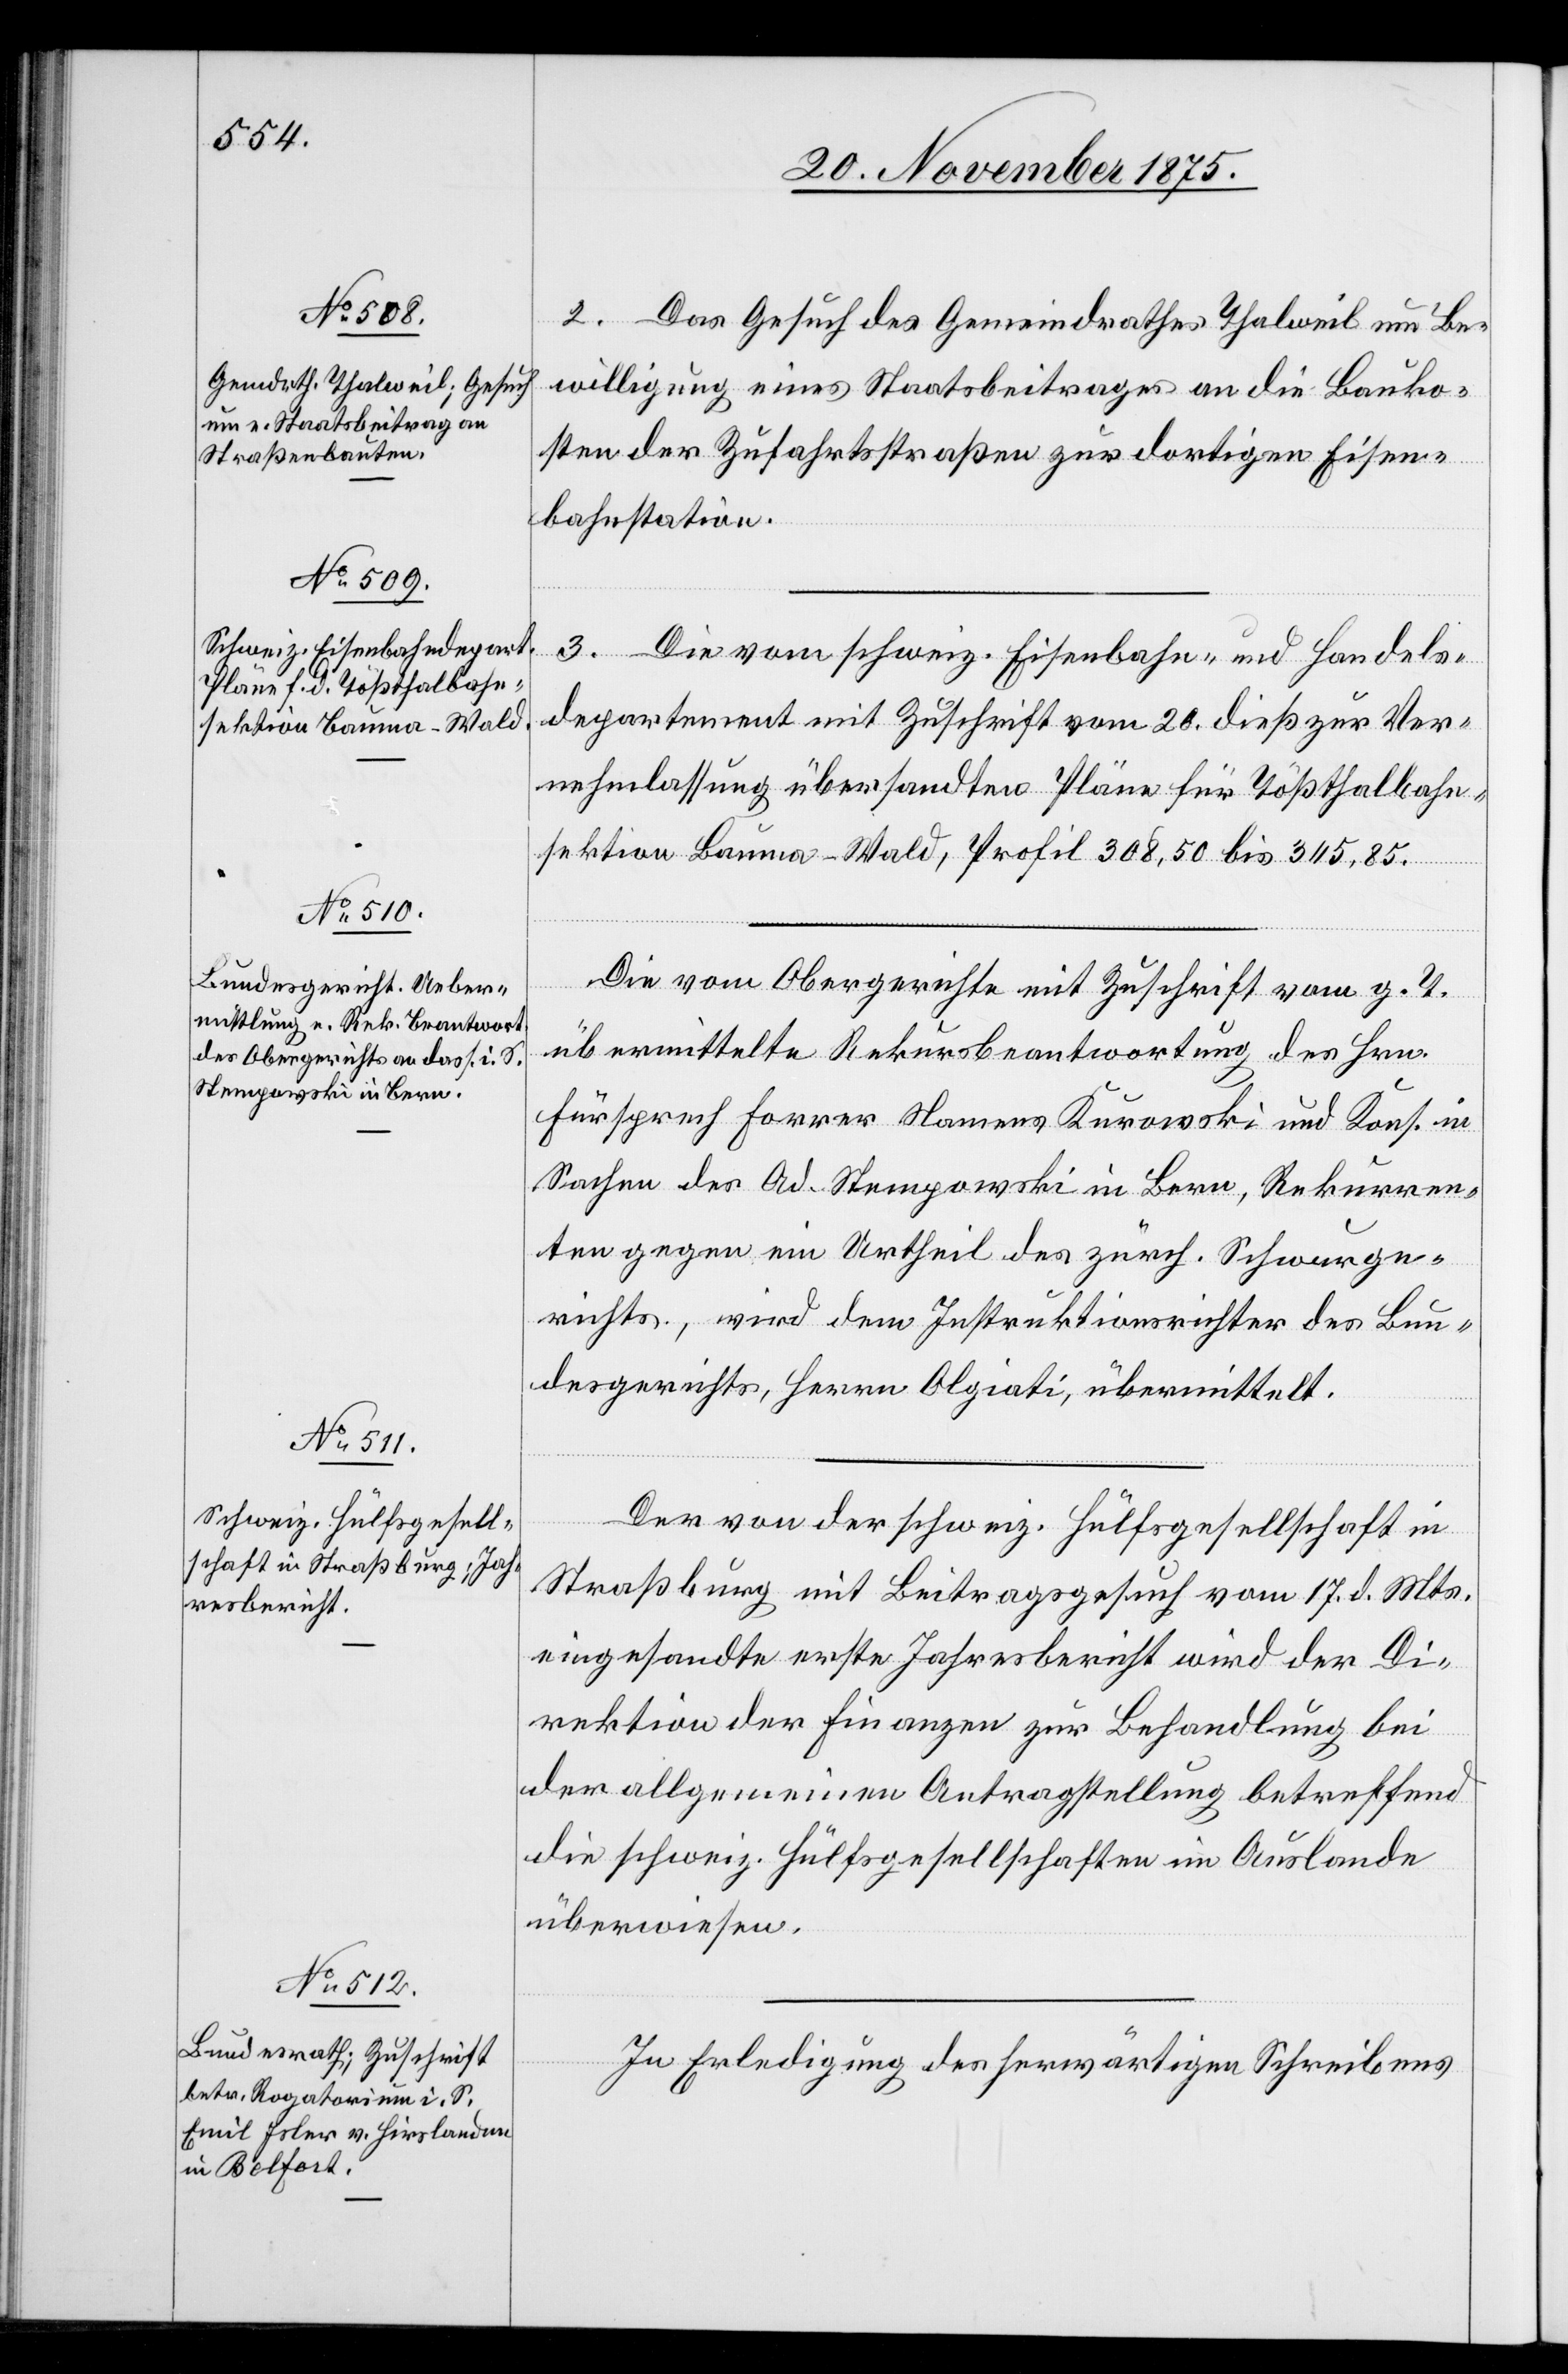
23. November 1875.]
2. Das Gesuch des Gemeindrathes Thalweil um Be¬
willigung eines Staatsbeitrages an die Bauko¬
sten der Zufahrtsstraßen zur dortigen Eisen¬
bahnstation.
3.
Die vom schweiz. Eisenbahn- und Handels¬
departement mit Zuschrift vom 20. dieß zur Ver¬
nehmlassung übersandten Pläne für Tößthalbahn¬
sektion Bauma–Wald, Profil 308,50 bis [?345,85].
Die vom Obergerichte mit Zuschrift vom g. T.
übermittelte Rekursbeantwortung des Hrn.
Fürsprech Forrer Namens Kurowski und Kons. in
Sachen des Ad. Stempowski in Bern, Rekurren¬
ten gegen ein Urtheil des zürch. Schwurge¬
richts, wird dem Instruktionsrichter des Bun¬
desgerichts, Herrn Olgiati, übermittelt.
Der von der schweiz. Hülfsgesellschaft in
Straßburg mit Beitragsgesuch vom 17. d. Mts.
eingesandte erste Jahresbericht wird der Di¬
rektion der Finanzen zur Behandlung bei
der allgemeinen Antragstellung betreffend
die schweiz. Hülfsgesellschaften im Auslande
überwiesen.
In Erledigung des herwärtigen Schreibens